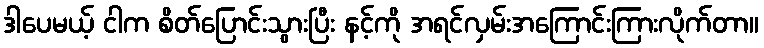
ဒါပေမယ့် ငါက စိတ်ပြောင်းသွားပြီး နင့်ကို အရင်လှမ်းအကြောင်းကြားလိုက်တာ။